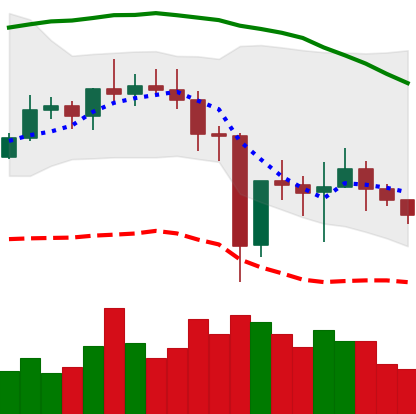
Ticker: NEO-USD
Chart end date: 2020-12-31
Forward return: 17.952%
Label: up_7plus